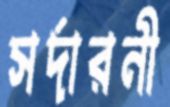
সর্দারনী